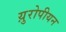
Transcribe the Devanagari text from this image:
य़ुरोपीयन